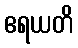
ဧရယတိ